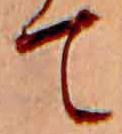
て